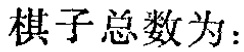
棋子总数为：